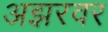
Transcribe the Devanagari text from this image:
अझरवर